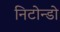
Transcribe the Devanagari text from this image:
निटोन्डो